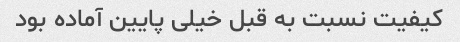
کیفیت نسبت به قبل خیلی پایین آماده بود